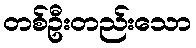
တစ်ဦးတည်းသော